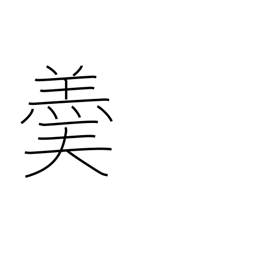
Meaning: hot soup